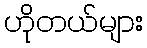
ဟိုတယ်များ